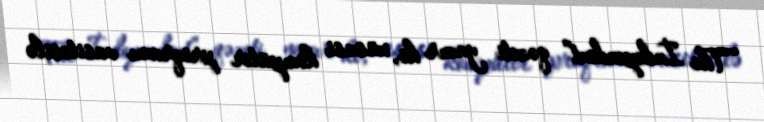
“The İndependent” qəzeti yazır ki, xüsusi kompüter proqramı vasitəsilə